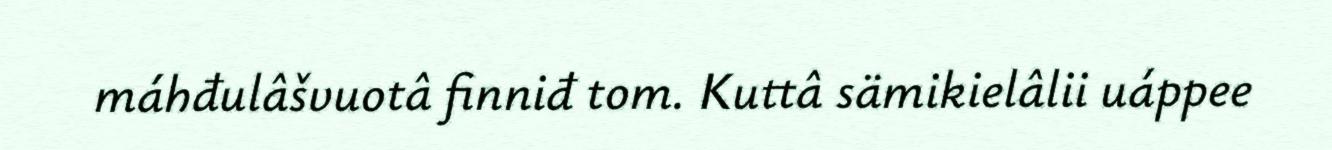
máhđulâšvuotâ finniđ tom. Kuttâ sämikielâlii uáppee